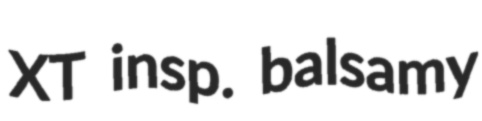
XT insp. balsamy